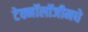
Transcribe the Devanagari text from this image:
टेक्नॉलॉजीमधे